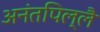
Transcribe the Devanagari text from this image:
अनंतपिल्लै